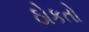
ઠોકતો